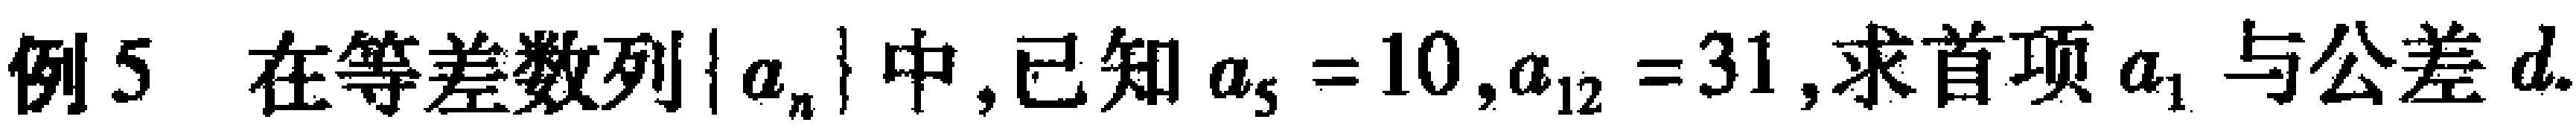
例5 在等差数列\(\{ a_{n}\}\)中,已知\(a_{5}=10,a_{12}=31\),求首项\(a_{1}\)与公差\(d\).